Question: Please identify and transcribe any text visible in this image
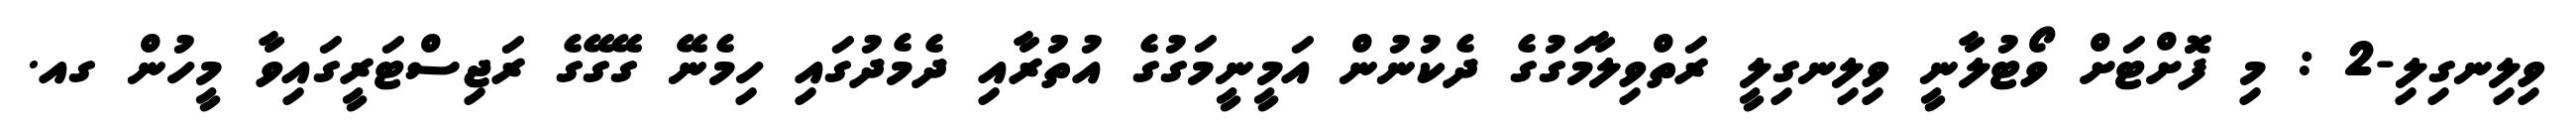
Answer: ވިލިނގިލި-2 : މި ފޮށްޓަށް ވޯޓުލާނީ ވިލިނގިލީ ރަތްވިލާމަގުގެ ދެކުނުން އަމީނީމަގުގެ އުތުރާއި ދެމެދުގައި ހިމެނޭ ގޭގޭގެ ރަޖިސްޓަރީގައިވާ މީހުން ގއ.